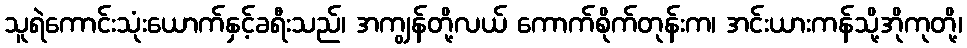
သူရဲကောင်းသုံးယောက်နှင့်ခရီးသည်၊ အကျွန်တို့လယ် ကောက်စိုက်တုန်းက၊ အင်းယားကန်သို့အိုကုတို့၊